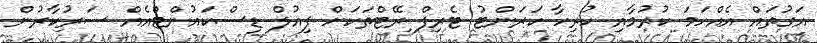
އަގުތައް އެއްހަމަ ކުރުމާއި ހުރިހާ ކަރަންޓު ޓެރިފް ރޭޓްތަކަށް ފިއުލް ޑިސްކައުންޓްއެއް ސަރުކާރުން